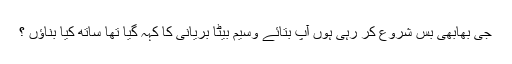
جی بھابھی بس شروع کر رہی ہوں آپ بتائے وسیم بیٹا بریانی کا کہہ گیا تھا ساتھ کیا بناؤں ؟